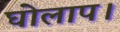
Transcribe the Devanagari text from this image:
घोलाप।